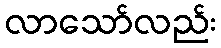
လာသော်လည်း